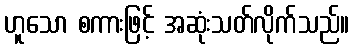
ဟူသော စကားဖြင့် အဆုံးသတ်လိုက်သည်။